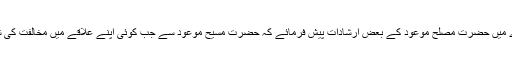
حضورانور نے سیدنا حضرت اقدس مسیح موعود ؑ کے بارے میں حضرت مصلح موعود ؓکے بعض ارشادات پیش فرمائے کہ حضرت مسیح موعودؑ سے جب کوئی اپنے علاقے میں مخالفت کی شکایت کرتا تو آپؑ فرماتے یہ تمہاری ترقی کی علامت ہے۔